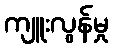
ကျူးလွန်မှု